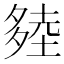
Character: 𰋔